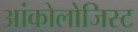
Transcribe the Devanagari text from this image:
आंकोलोजिस्ट